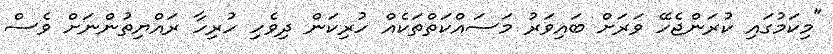
"މިކަމުގައި ކުރަންޖެހޭ ވަރަށް ބައިވަރު މަސައްކަތްތަކެއް ހުރިކަން ދިވެހި ހުރިހާ ރައްޔިތުންނަށް ވެސް